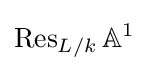
\operatorname {Res} _{L/k}\mathbb {A} ^{1}